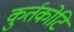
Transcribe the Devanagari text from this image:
कुर्तकोटि